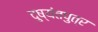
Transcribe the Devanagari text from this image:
दुष्यंतपुत्र